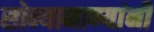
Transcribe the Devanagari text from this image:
सोन्यानाण्यांनी